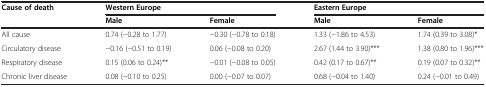
<table><thead><tr><td rowspan="2"><b>Cause of death</b></td><td><b>Western Europe</b></td><td><b> </b></td><td><b>Eastern Europe</b></td><td><b> </b></td></tr><tr><td><b>Male</b></td><td><b>Female</b></td><td><b>Male</b></td><td><b>Female</b></td></tr></thead><tbody><tr><td>All cause</td><td>0.74 (−0.28 to 1.77)</td><td>−0.30 (−0.78 to 0.18)</td><td>1.33 (−1.86 to 4.53)</td><td>1.74 (0.39 to 3.08)*</td></tr><tr><td>Circulatory disease</td><td>−0.16 (−0.51 to 0.19)</td><td>0.06 (−0.08 to 0.20)</td><td>2.67 (1.44 to 3.90)***</td><td>1.38 (0.80 to 1.96)***</td></tr><tr><td>Respiratory disease</td><td>0.15 (0.06 to 0.24)**</td><td>−0.01 (−0.08 to 0.05)</td><td>0.42 (0.17 to 0.67)**</td><td>0.19 (0.07 to 0.32)**</td></tr><tr><td>Chronic liver disease</td><td>0.08 (−0.10 to 0.25)</td><td>0.00 (−0.07 to 0.07)</td><td>0.68 (−0.04 to 1.40)</td><td>0.24 (−0.01 to 0.49)</td></tr></tbody></table>